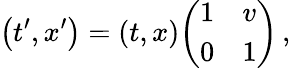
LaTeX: \left(t^{\prime},x^{\prime}\right)=(t,x){\left(\begin{array}{ll}{1}&{v}\\ {0}&{1}\end{array}\right)}\, ,